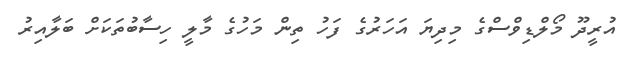
އުރީދޫ މޯލްޑިވްސްގެ މިދިޔަ އަހަރުގެ ފަހު ތިން މަހުގެ މާލީ ހިސާބުތަކަށް ބަލާއިރު